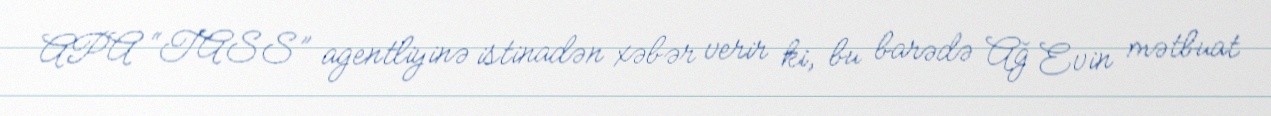
APA “TASS” agentliyinə istinadən xəbər verir ki, bu barədə Ağ Evin mətbuat